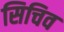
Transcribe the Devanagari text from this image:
सिचिव